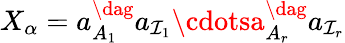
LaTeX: X_{\alpha}=a_{A_{1}}^{\dag}a_{\mathcal{I}_{1}}\cdotsa_{A_{r}}^{\dag}a_{\mathcal{I}_{r}}